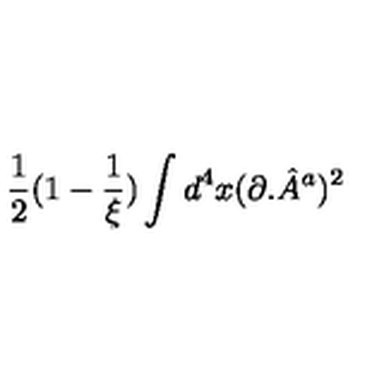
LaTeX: \frac { 1 } { 2 } ( 1 - \frac { 1 } { \xi } ) \int d ^ { 4 } x ( \partial . { \hat { A } } ^ { a } ) ^ { 2 }